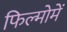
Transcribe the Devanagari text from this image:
फिल्मोमें